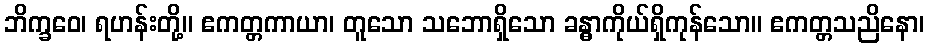
ဘိက္ခဝေ၊ ရဟန်းတို့။ ဧကတ္တကာယာ၊ တူသော သဘောရှိသော ခန္ဓာကိုယ်ရှိကုန်သော။ ဧကတ္တသညိနော၊